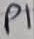
Text: P1